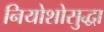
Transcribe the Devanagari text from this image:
नियोशोसुद्धा